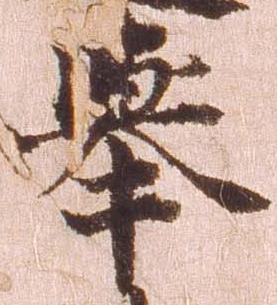
挙